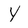
Character: Y